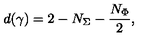
d ( \gamma ) = 2 - N _ { \Sigma } - \frac { N _ { \Phi } } { 2 } ,